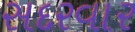
સદરવાર